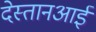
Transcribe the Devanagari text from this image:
देस्तानआई